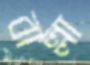
বাল্লা